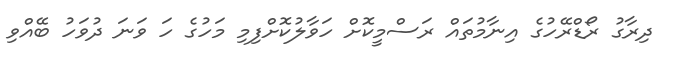
ދިރާގު ރޯޑްރޭހުގެ އިނާމުތައް ރަސްމީކޮށް ހަވާލުކޮށްފިމި މަހުގެ ހަ ވަނަ ދުވަހު ބޭއްވި